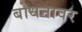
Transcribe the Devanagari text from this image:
बोधनावर